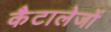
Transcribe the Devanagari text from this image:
कैटालेजों